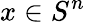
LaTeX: x\in S^{n}